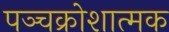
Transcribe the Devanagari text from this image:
पञ्चक्रोशात्मक